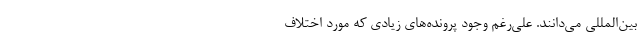
بین‌المللی می‌دانند. علی‌رغم وجود پرونده‌های زیادی که مورد اختلاف